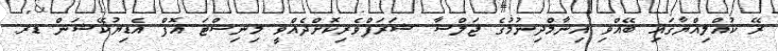
ރޭ ކުއްލިއްޔާގައި ބޭއްވި އިނާމްދިނުމުގެ ޖަލްސާ ޝަރަފްވެރިކޮށްދެއްވީ މިނިސްޓަ އޮފް އެޑިޔުކޭޝަން ޑރ.